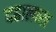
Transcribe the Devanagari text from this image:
दहालाख